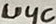
Text: U4C